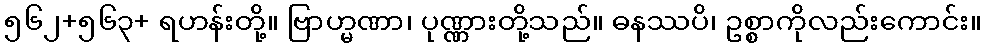
၅၆၂+၅၆၃+ ရဟန်းတို့။ ဗြာဟ္မဏာ၊ ပုဏ္ဏားတို့သည်။ ဓနဿပိ၊ ဥစ္စာကိုလည်းကောင်း။